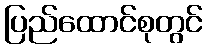
ပြည်ထောင်စုတွင်